Indian journal of veterinary science and animal husbandry - Volumes 15-17, 1948-1951
Year: 1948
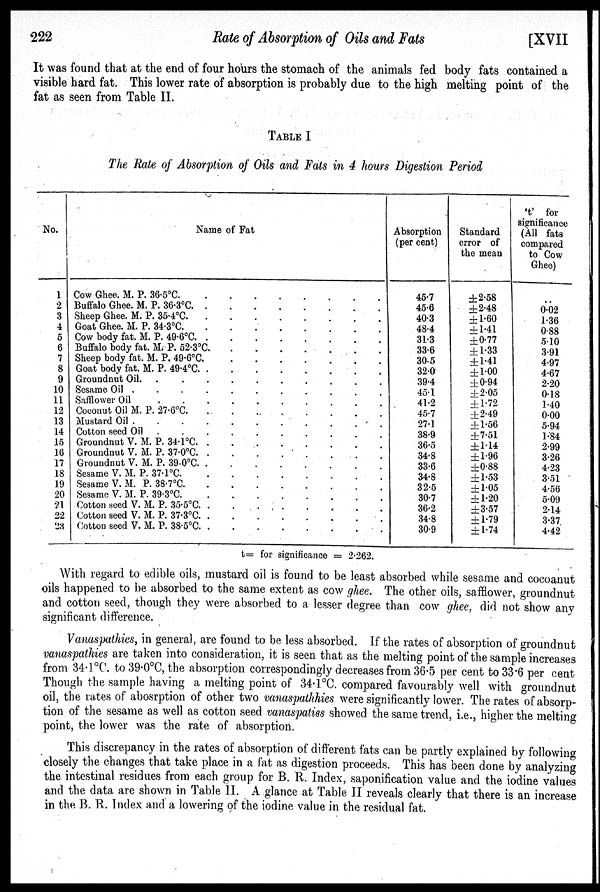
222
Rate
of Absorption of Oils and Fats
[XVII
It was found that at the end of four hours the stomach of the animals fed body fats contained a
visible hard fat. This lower rate of absorption is probably due to the high melting point of the
fat as seen from Table II.
TABLE I
The Rate of Absorption of Oils and Fats in 4 hours Digestion Period
No.
1
2
3
4
5
6
7
8
9
10
11
12
13
14
15
16
17
18
19
20
21
22
23
Name of Fat
Cow Ghee. M. P. 36.5°C. . . . . . . . .
Buffalo Ghee. M. P. 36.3°C. . . . . . . . .
Sheep Ghee. M. P. 35.4°C. . . . . . . . .
Goat Ghee. M. P. 34.3°C. . . . . . . . .
Cow body fat. M. P. 49.6°C. . . . . . . . .
Buffalo body fat. M. P. 52.3°C. . . . . . . .
Sheep body fat. M. P. 49.6°C. . . . . . . . .
Goat body fat. M. P. 49.4°C. . . . . . . . .
Groundnut Oil. . . . . . . . . . .
Sesame Oil . . . . . . . . . . . .
Safflower Oil . . . . . . . . . .
Coconut Oil M. P. 27.6°C. . . . . . . . .
Mustard Oil
.
.
.
.
.
.
.
.
.
.
Cotton seed Oil . . . . . . . .
Groundnut V. M. P. 34.1°C. . . . . . . . .
Groundnut V. M. P. 37.0°C.
.
.
.
.
.
.
.
.
Groundnut V. M. P.
39.0°C.
.
.
.
.
.
.
.
.
Sesame V. M. P.
37.1°C.
.
.
.
.
.
.
.
.
Sesame V. M. P. 38.7°C. . . . . . . . .
Sesame V. M. P.
39.3°C.
.
.
.
.
.
.
.
.
Cotton seed V. M. P.
35.5°C.
.
.
.
.
.
.
.
.
Cotton seed V. M. P.
37.3°C.
.
.
.
.
.
.
.
.
Cotton seed V. M. P. 38.5°C. . . . . . . . .
Absorption
(per cent)
45.7
45.6
40.3
48.4
31.3
33.6
30.5
32.0
39.4
45.1
41.2
45.7
27.1
38.9
36.5
34.8
33.6
34.8
32.5
30.7
36.2
34.8
30.9
Standard
error of
the mean
±2.58
±2.48
±1.60
±1.41
±0.77
± 1.33
±1.41
±1.00
±0.94
± 2.05
± 1.72
± 2.49
±1.56
±7.51
±1.14
±1.96
±0.88
±1.53
±1.05
±1.20
±3.57
±1.79
±1.74
't' for
significance
(All fats
compared
to Cow
Ghee)
..
0.02
1.36
0.88
5.10
3.91
4.97
4.67
2.20
0.18
1.40
0.00
5.94
1.84
2.99
3.26
4.23
3.51
4.56
5.09
2.14
3.37
4.42
t= for significance = 2.262.
With regard to edible oils, mustard oil is found to be least absorbed while sesame and cocoanut
oils happened to be absorbed to the same extent as cow ghee. The other oils, safflower, groundnut
and cotton seed, though they were absorbed to a lesser degree than cow ghee, did not show any
significant difference.
Vanaspathies, in general, are found to be less absorbed. If the rates of absorption of groundnut
vanaspathies are taken into consideration, it is seen that as the melting point of the sample increases
from 34.1°C. to 39.0°C, the absorption correspondingly decreases from 36.5 per cent to 33.6 per cent
Though the sample having a melting point of 34.1°C. compared favourably well with groundnut
oil, the rates of abosrption of other two vanaspathhies were significantly lower. The rates of absorp-
tion of the sesame as well as cotton seed vanaspaties showed the same trend, i.e., higher the melting
point, the lower was the rate of absorption.
This discrepancy in the rates of absorption of different fats can be partly explained by following
closely the changes that take place in a fat as digestion proceeds. This has been done by analyzing
the intestinal residues from each group for B. R. Index, saponification value and the iodine values
and the data are shown in Table II. A glance at Table II reveals clearly that there is an increase
in the B. R. Index and a lowering of the iodine value in the residual fat.